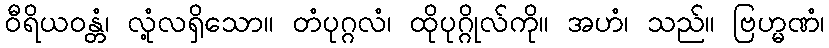
ဝီရိယဝန္တံ၊ လုံ့လရှိသော။ တံပုဂ္ဂလံ၊ ထိုပုဂ္ဂိုလ်ကို။ အဟံ၊ သည်။ ဗြဟ္မဏံ၊